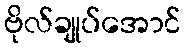
ဗိုလ်ချုပ်အောင်